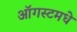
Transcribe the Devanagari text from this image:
ऑगस्टमधे